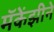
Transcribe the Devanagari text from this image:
मॅकेंझीने